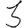
Digit: 3